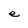
Character: e